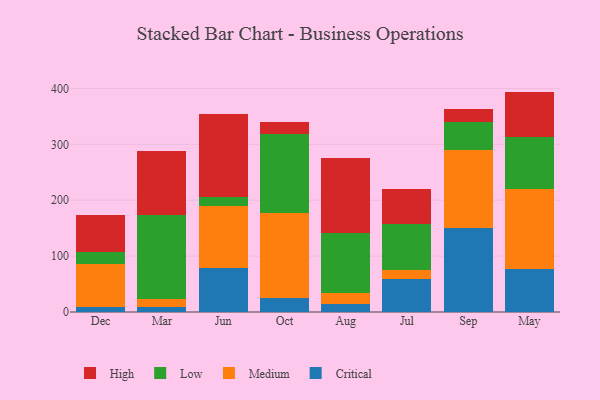
{"axis": {"x": "Month", "y": "Market Share (%)"}, "legend": ["Critical", "High", "Low", "Medium"], "data": [{"x": "Dec", "y": 8.5, "type": "Critical"}, {"x": "Dec", "y": 77.7, "type": "Medium"}, {"x": "Dec", "y": 20.3, "type": "Low"}, {"x": "Dec", "y": 66.3, "type": "High"}, {"x": "Mar", "y": 9.7, "type": "Critical"}, {"x": "Mar", "y": 14.0, "type": "Medium"}, {"x": "Mar", "y": 150.7, "type": "Low"}, {"x": "Mar", "y": 113.9, "type": "High"}, {"x": "Jun", "y": 79.0, "type": "Critical"}, {"x": "Jun", "y": 111.0, "type": "Medium"}, {"x": "Jun", "y": 15.9, "type": "Low"}, {"x": "Jun", "y": 149.1, "type": "High"}, {"x": "Oct", "y": 24.4, "type": "Critical"}, {"x": "Oct", "y": 152.7, "type": "Medium"}, {"x": "Oct", "y": 141.8, "type": "Low"}, {"x": "Oct", "y": 20.5, "type": "High"}, {"x": "Aug", "y": 14.8, "type": "Critical"}, {"x": "Aug", "y": 18.5, "type": "Medium"}, {"x": "Aug", "y": 108.7, "type": "Low"}, {"x": "Aug", "y": 133.3, "type": "High"}, {"x": "Jul", "y": 58.7, "type": "Critical"}, {"x": "Jul", "y": 17.1, "type": "Medium"}, {"x": "Jul", "y": 81.5, "type": "Low"}, {"x": "Jul", "y": 62.5, "type": "High"}, {"x": "Sep", "y": 149.6, "type": "Critical"}, {"x": "Sep", "y": 140.0, "type": "Medium"}, {"x": "Sep", "y": 51.2, "type": "Low"}, {"x": "Sep", "y": 21.8, "type": "High"}, {"x": "May", "y": 76.8, "type": "Critical"}, {"x": "May", "y": 143.8, "type": "Medium"}, {"x": "May", "y": 92.7, "type": "Low"}, {"x": "May", "y": 81.0, "type": "High"}]}